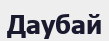
Даубай